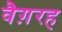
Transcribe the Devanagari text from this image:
वैग़रह